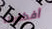
أفكارها